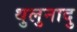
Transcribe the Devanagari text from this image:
थुलुनादु